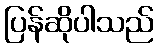
ပြန်ဆိုပါသည်